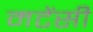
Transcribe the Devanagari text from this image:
मटेंसी